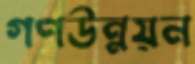
গণউন্নয়ন